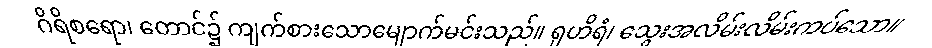
ဂိရိစရော၊ တောင်၌ ကျက်စားသောမျောက်မင်းသည်။ ရုဟိရံ၊ သွေးအလိမ်းလိမ်းကပ်သော။